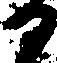
か